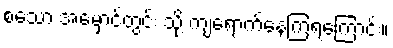
စသော အမှောင်တွင်း သို့ ကျရောက်နေကြရကြောင်း။